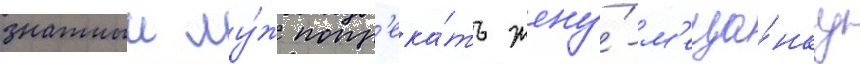
знатныи му́ж попр'ека́ть жену́-м'еща́нку